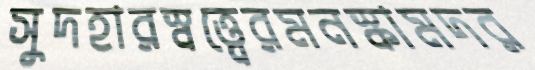
সুদহারস্বত্ত্বেরমনস্কামদর